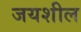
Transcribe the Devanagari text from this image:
जयशील